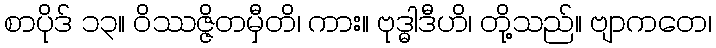
စာပိုဒ် ၁၃။ ဝိဿဇ္ဇိတမှီတိ၊ ကား။ ဗုဒ္ဓါဒီဟိ၊ တို့သည်။ ဗျာကတေ၊